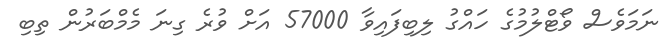
ނަމަވެސް ވޯޓްލުމުގެ ހައްގު ލިބިފައިވާ 57000 އަށް ވުރެ ގިނަ މެމްބަރުން ތިބި